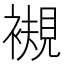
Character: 𧜴